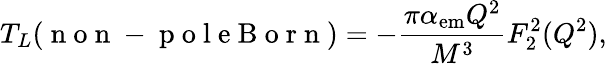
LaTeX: T_{L}(\mathrm{~n~o~n~-~p~o~l~e~B~o~r~n~})=-\frac{\pi\alpha_{\mathrm{em}}Q^{2}}{M^{3}}F_{2}^{2}(Q^{2}),